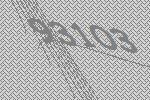
93103